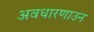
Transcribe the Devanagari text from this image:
अवधारणाउन